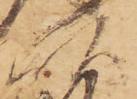
頭